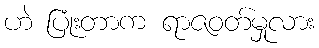
ဟဲ ပြုံးတာက ရာဇဝတ်မှုလား